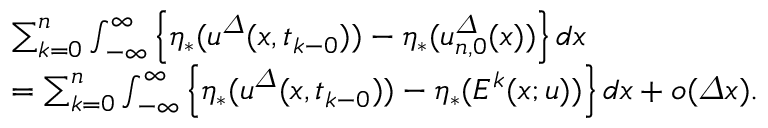
\begin{array} { r l } & { \sum _ { k = 0 } ^ { n } \int _ { - \infty } ^ { \infty } \left\{ \eta _ { \ast } ( { u } ^ { \varDelta } ( x , t _ { k - 0 } ) ) - \eta _ { \ast } ( { u } _ { n , 0 } ^ { \varDelta } ( x ) ) \right\} d x } \\ & { = \sum _ { k = 0 } ^ { n } \int _ { - \infty } ^ { \infty } \left\{ \eta _ { \ast } ( { u } ^ { \varDelta } ( x , t _ { k - 0 } ) ) - \eta _ { \ast } ( E ^ { k } ( x ; u ) ) \right\} d x + o ( { \varDelta } x ) . } \end{array}